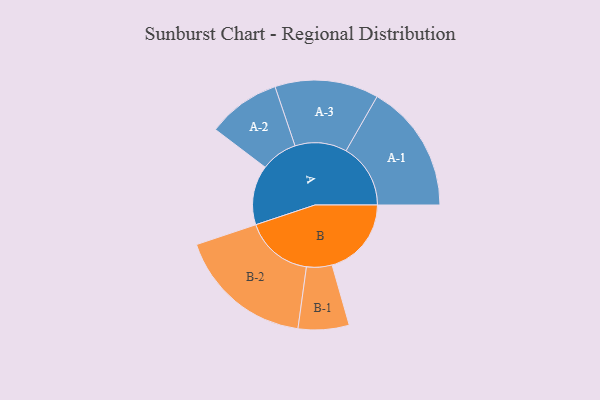
{"axis": {"x": "Segment", "y": "Value"}, "legend": ["", "A", "B"], "data": [{"x": "A", "y": 241, "type": ""}, {"x": "B", "y": 321, "type": ""}, {"x": "A-1", "y": 261, "type": "A"}, {"x": "A-2", "y": 148, "type": "A"}, {"x": "A-3", "y": 210, "type": "A"}, {"x": "B-1", "y": 103, "type": "B"}, {"x": "B-2", "y": 276, "type": "B"}]}